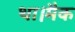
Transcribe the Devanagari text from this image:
था।मैक